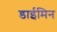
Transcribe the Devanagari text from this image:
डाईमिन